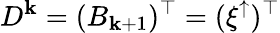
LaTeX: D^{\mathbf{k}}=(B_{\mathbf{k}+1})^{\top}=(\xi^{\uparrow})^{\top}